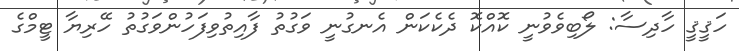
ހަޤީޤީ ހާދިސާ: ލޯބިވެވުނީ ކޮއްކޮ ދެކެކަން އެނގުނީ ވަގުތު ފާއިތުވިފަހުންވަގުތު ހޭރިޔާ ޓީމްގެ